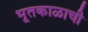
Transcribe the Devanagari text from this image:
भूतकाळाची